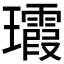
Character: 𤫑